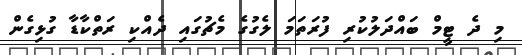
މި ދެ ޓީމް ބައްދަލުކުރި ފުރަތަމަ ލެގުގެ މެޗުގައި ދެއްކި ރަތްކާޑާ ގުޅިގެން